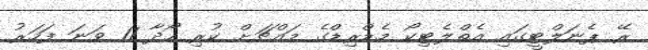
ރޭ ޕެނަލްޓީގައި އެތްލެޓިކޯ މެޑްރިޑްގެ މައްޗަށް ކުރި ހޯދާ 11 ވަނަ ފަހަރު